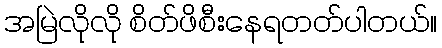
အမြဲလိုလို စိတ်ဖိစီးနေရတတ်ပါတယ်။